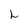
Character: L